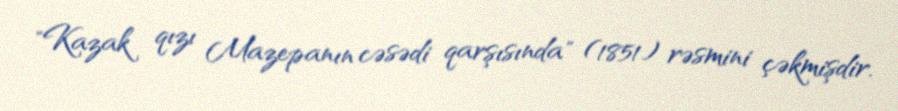
"Kazak qızı Mazepanın cəsədi qarşısında" (1851) rəsmini çəkmişdir.